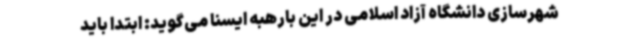
شهرسازی دانشگاه آزاد اسلامی در این بارهبه ایسنا می‌گوید: ابتدا باید